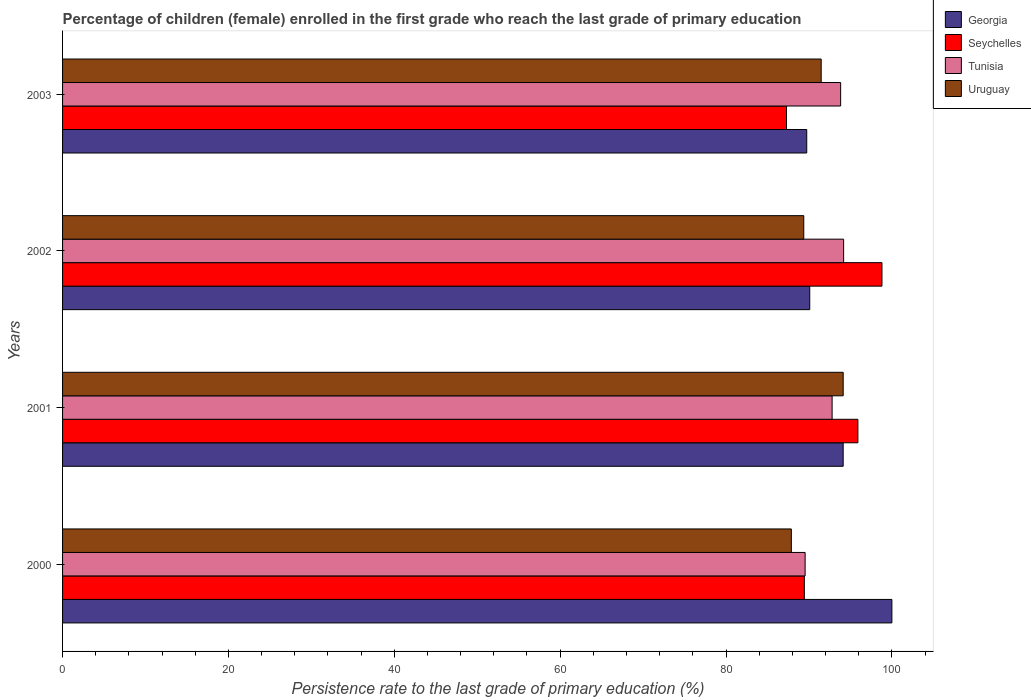
| Years | Georgia | Seychelles | Tunisia | Uruguay |
 | --- | --- | --- | --- | --- |
 | 2000 | 100 | 89.4 | 89.5 | 87.9 |
 | 2001 | 94.1 | 95.9 | 92.8 | 94.1 |
 | 2002 | 90.1 | 98.8 | 94.2 | 89.4 |
 | 2003 | 89.7 | 87.3 | 93.8 | 91.5 |